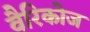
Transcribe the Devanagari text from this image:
वैरिकोज